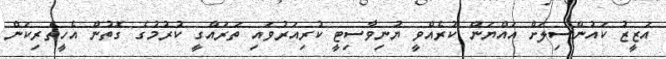
އަޒީޒު ކައުންސިލަށް އައްޔަން ކުރެއްވީ ޔުނިވާސިޓީ ކުރިއަރުވައި ތަރައްގީ ކުރުމުގެ ގޮތުން އެހީތެރިކަން